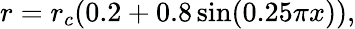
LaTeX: r=r_{c}(0.2+0.8\sin(0.25\pi x)),